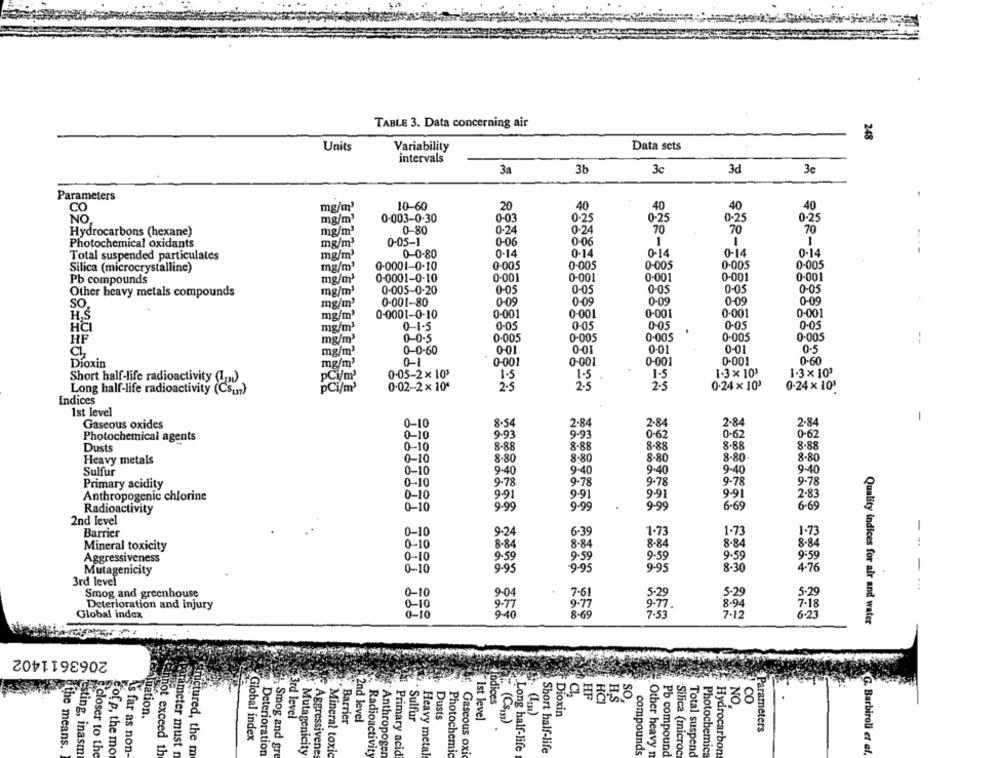
TABLE 3. Data concerning air
248
Units
Variability
Data sets
intervals
3a
3b
3c
3d
3e
Parameters
20
40
40
40
40
CO
mg/m'
10-60
NO
mg/m3
0.003-0-30
0-03
0-25
0-25
0-25
0-25
Hydrocarbons (hexane)
mg/m'
0-80
0-24
0-24
70
70
70
Photochemical oxidants
mg/m3
0-05-1
0-06
0-06
1
1
1
Total suspended particulates
mg/m'
0-0-80
0-14
0-14
0-14
0-14
0-14
0-0001-0-10
0-005
0-005
0-005
0.005
0-005
Silica (microcrystalline)
mg/ml
Pb compounds
mg/m3
0-0001-0-10
0-001
0-001
0-001
0-001
0.001
0-05
0-05
0-05
Other heavy metals compounds
mg/m3
0.005-0-20
0-05
0-05
mg/m'
0-001-80
0-09
0-09
0-09
0-09
0-09
SO,
H.S
mg/m'
0-0001-0-10
0-001
0-001
0-001
0.001
0-001
HCI
mg/ml
0- 1.5
0-05
0-05
0-05
0-05
0-05
mg/m3
0-0-5
0-005
0-005
0.005
0-005
0-005
--
0-01
0-01
0-01
0-01
0.5
mg/m3
0-0-60
Dioxin
mg/m'
0-1
0-001
0-001
0-001
0-001
0-60
Short half-life radioactivity (In)
pCi/m3
0-05-2× 103
1-5
1.5
1.5
1.3 x 103
1.3× 10'
0.02-2 × 104
2.5
2.5
2.5
0.24 x 10'
0-24 x 101
Long half-life radioactivity (Csu)
pCi/m
Indices
1st level
-
Gaseous oxides
0-10
8.54
2.84
2-84
2-84
2.84
Photochemical agents
0-10
9-93
9-93
0-62
0-62
0-62
Dusts
0-10
8-88
8-88
8-88
8-88
8.88
Heavy metals
0-10
8-80
8.80
8.80
8.80
8-80
0-10
9-40
9.40
9.40
9-40
9.40
Sulfur
Primary acidity
0-10
9-78
9-78
9.78
9.78
9.78
Anthropogenic chlorine
0-10
9.91
9.91
9.91
9.91
2.8
0-10
9.99
9.99
9-99
6-69
6-69
Radioactivity
2nd level
1.73
1.7
1-73
-
Barrier
0-10
9.24
6.39
0-10
8-84
8-84
8-84
8.84
8.84
Mineral toxicity
Aggressiveness
0-10
9-59
9-59
9.59
9.59
9:59
0-10
9.95
9-95
9.95
8.30
4.76
Mutagenicity
3rd level
0-10
9-04
Smog and greenhouse
7-61
Deterioration and injury
0-10
9.77
8-94
Global index
0-10
9-40
8.69
7.53
7-12
6-23
Quality indices for air and water
2063611402
HF
SO
Indices
HCI
H,S
¥38
Dioxin
Galuation.
3rd level
Barrier
2nd level
Sulfur
Dusts
"Ist level
(Cs )
Parameters
Global index
the means.
esting, inasm
closer to the
of p, the mo
As far as non-
cannot exceed th
Parameter must n
structured, the m
Deterioration
Smog and gre
Mutagenicity
Aggressivenes
Mineral toxic
Radioactivity
Anthropogen
Primary acid
Heavy metal
Photochemic
Gaseous oxi
Long half-life
Short half-life
compounds
Other heavy n
Pb compound
Silica (microc
Total suspend
Photochemica
Hydrocarbon
G. Barbiroli et al.